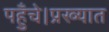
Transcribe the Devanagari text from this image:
पहुँचे।प्रख्यात